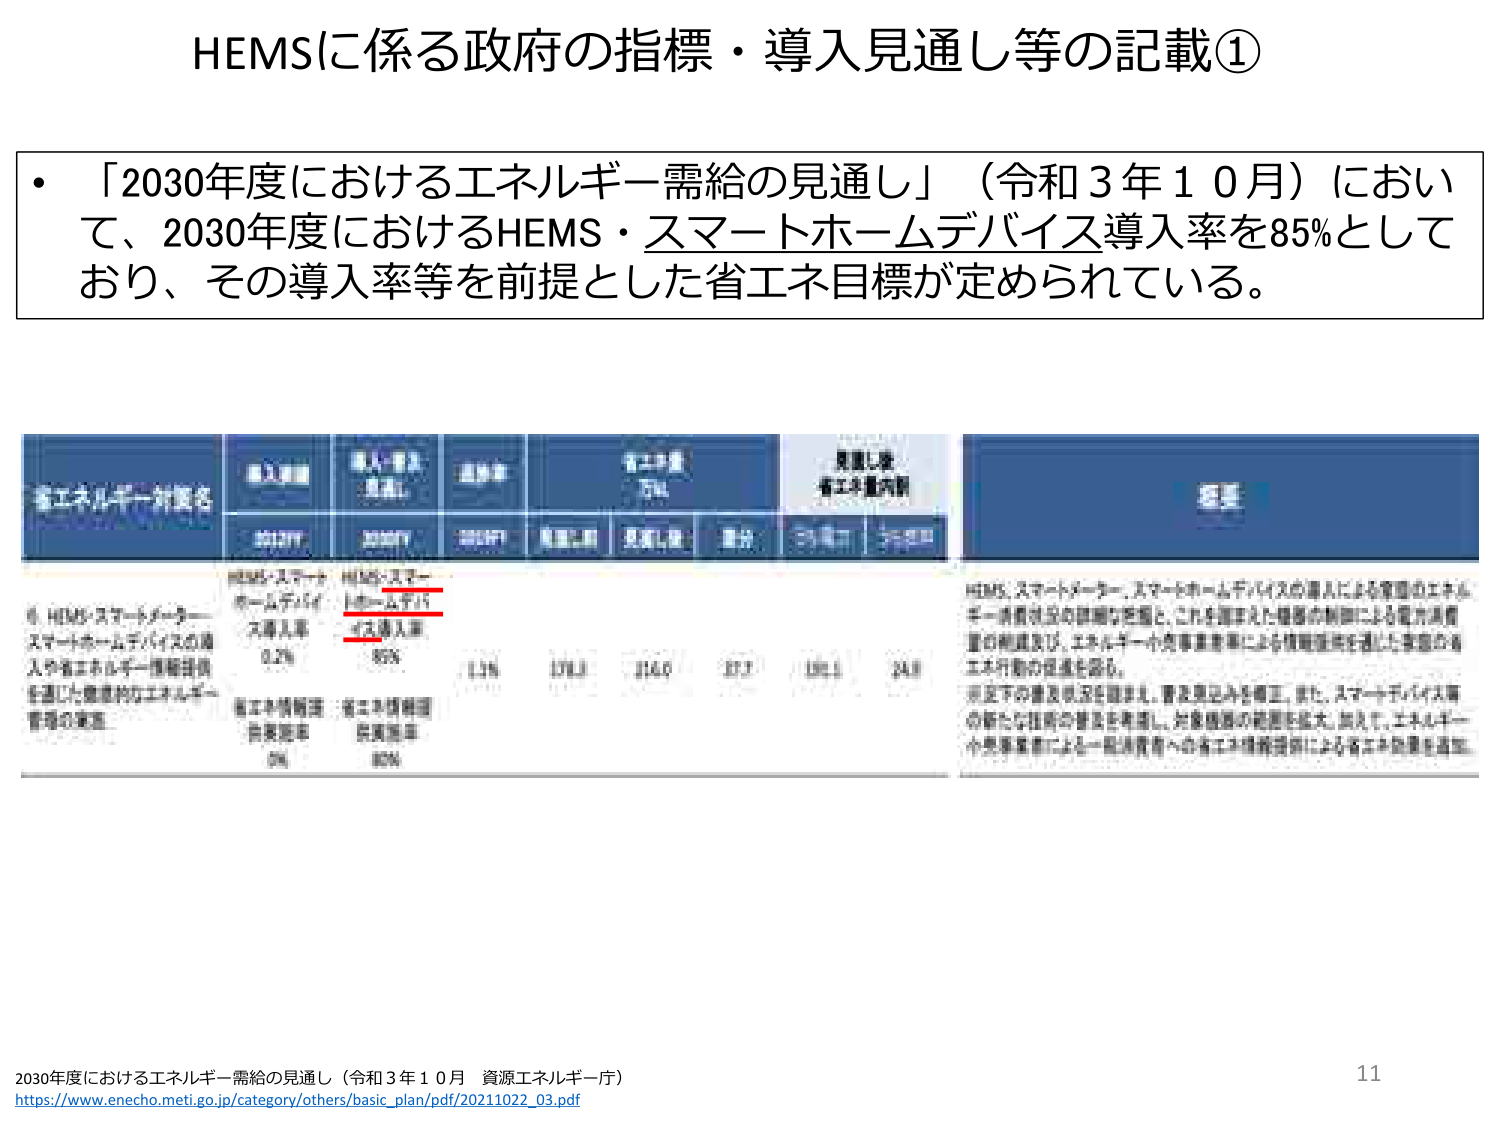
HEMSに係る政府の指標・導入見通し等の記載①

・「2030年度におけるエネルギー需給の見通し」（令和３年１０月）において、2030年度におけるHEMS・スマートホームデバイス導入率を85％としており、その導入率等を前提とした省エネ目標が定められている。

（表の見出し部分）
省エネ目標名
目標値
目標年度
達成率
省エネ量（TJ）
見通し値 省エネ量内訳
概要

（表の内容）
① HEMS・スマートメーター・スマートホームデバイスの導入や省エネルギー情報提供を通じた家庭内のエネルギー管理の実施
HEMS・スマートメーター・スマートホームデバイス導入率 85%
省エネ情報提供実施比率 80%
1.3%
178.1
114.0
27.7
100.1
24.8

概要：
HEMS、スマートメーター、スマートホームデバイスの導入による家庭のエネルギー消費状況の把握を前提とし、これを踏まえた機器の制御による電力消費量の削減及び、エネルギー小売事業者等による情報提供を通じた家庭の省エネ行動の促進を図る。
※以下の達成状況を踏まえ、普及見込みを修正。また、スマートデバイス等の新たな技術の普及を考慮し、対象機器の範囲を拡大。加えて、エネルギー小売事業者による一般消費者への省エネ情報提供による省エネ効果を追加。

2030年度におけるエネルギー需給の見通し（令和３年１０月 資源エネルギー庁）
https://www.enecho.meti.go.jp/category/others/basic_plan/pdf/20211022_03.pdf
11